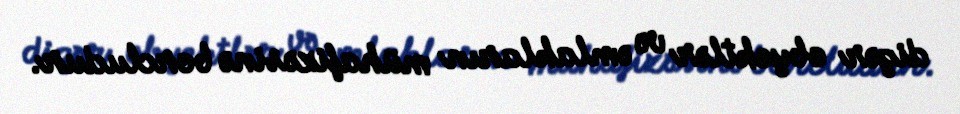
digər obyektlər və əmlakların mühafizəsinə borcludur.